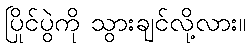
ပြိုင်ပွဲကို သွားချင်လို့လား။